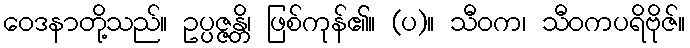
ဝေဒနာတို့သည်။ ဥပ္ပဇ္ဇန္တိ၊ ဖြစ်ကုန်၏။ (ပ)။ သီဝက၊ သီဝကပရိဗိုဇ်။